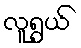
လူရွယ်